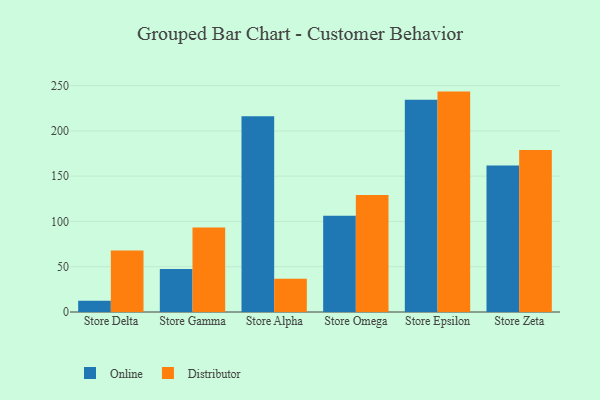
{"axis": {"x": "Store", "y": "Budget (USD K)"}, "legend": ["Distributor", "Online"], "data": [{"x": "Store Delta", "y": 12.4, "type": "Online"}, {"x": "Store Delta", "y": 67.8, "type": "Distributor"}, {"x": "Store Gamma", "y": 47.6, "type": "Online"}, {"x": "Store Gamma", "y": 93.3, "type": "Distributor"}, {"x": "Store Alpha", "y": 216.1, "type": "Online"}, {"x": "Store Alpha", "y": 36.7, "type": "Distributor"}, {"x": "Store Omega", "y": 106.3, "type": "Online"}, {"x": "Store Omega", "y": 129.2, "type": "Distributor"}, {"x": "Store Epsilon", "y": 234.4, "type": "Online"}, {"x": "Store Epsilon", "y": 243.4, "type": "Distributor"}, {"x": "Store Zeta", "y": 161.9, "type": "Online"}, {"x": "Store Zeta", "y": 179.0, "type": "Distributor"}]}